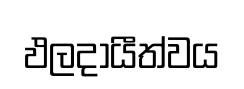
ඵලදායීත්වය